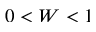
0 < W < 1